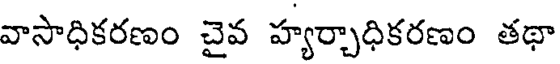
వాసాధికరణం చైవ హ్యర్చాధికరణం తథా